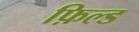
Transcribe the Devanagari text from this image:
फ़िल्ड